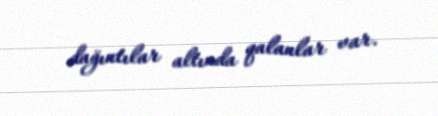
dağıntılar altında qalanlar var.